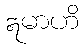
ဣမာဟိ